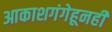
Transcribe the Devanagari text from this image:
आकाशगंगेहूनही